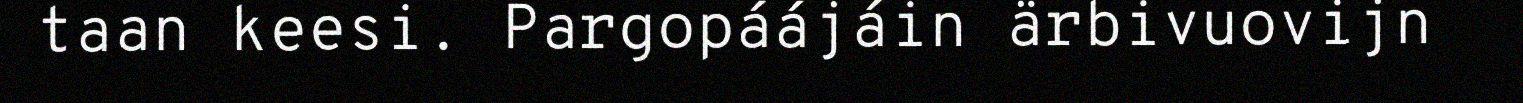
taan keesi. Pargopáájáin ärbivuovijn